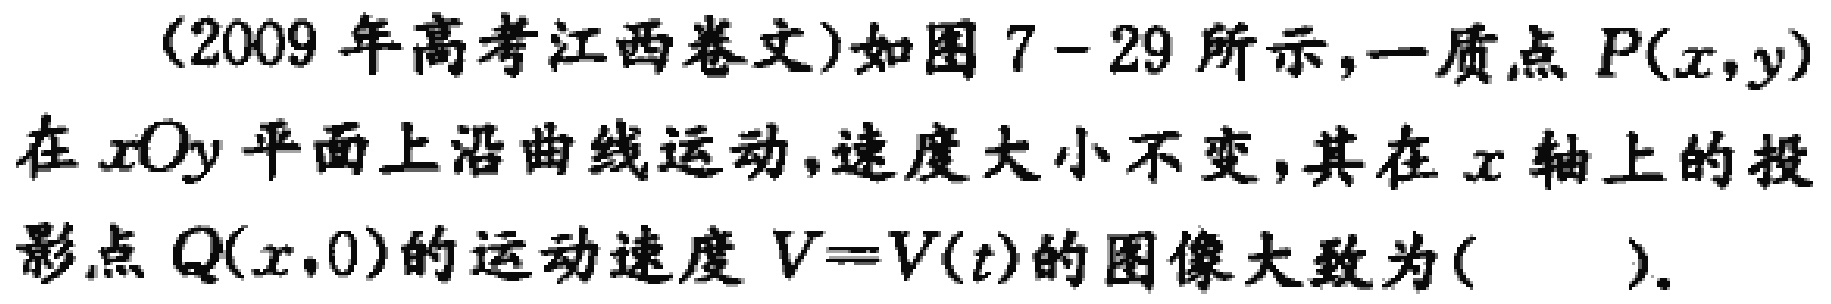
(2009年高考江西卷文)如图7 - 29所示,一质点\(P(x,y)\)在\(xOy\)平面上沿曲线运动,速度大小不变,其在\(x\)轴上的投影点\(Q(x,0)\)的运动速度\(V = V(t)\)的图像大致为( ).